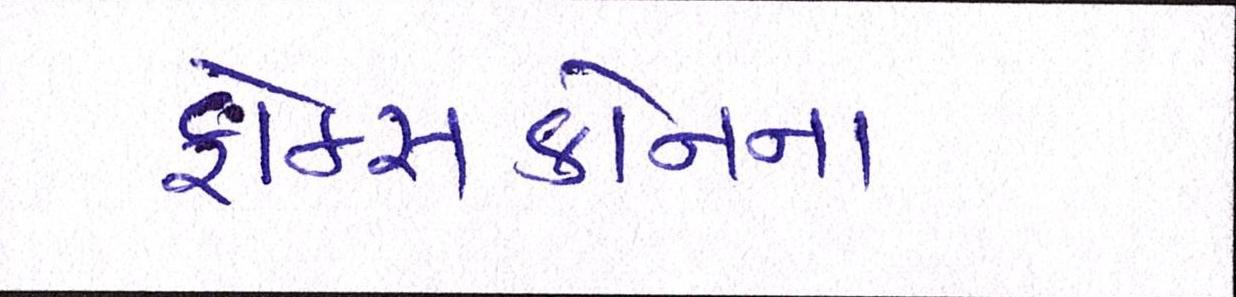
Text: ફોક્સકોનના